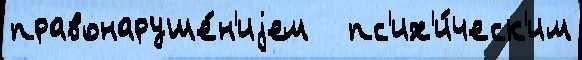
правонаруше́н'иjем   пс'их'и́ческ'им